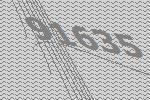
91635